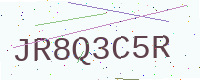
Text: JR8Q3C5R